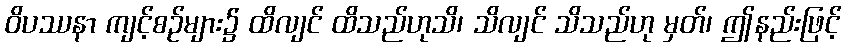
ဝိပဿနာ ကျင့်စဉ်များ၌ ထိလျင် ထိသည်ဟုသိ၊ သိလျင် သိသည်ဟု မှတ်၊ ဤနည်းဖြင့်